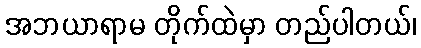
အဘယာရာမ တိုက်ထဲမှာ တည်ပါတယ်၊